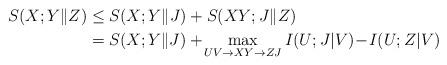
LaTeX: \begin{align*}S(X;Y\|Z)&\leq S(X;Y\|J)+S_{}(XY; J\|Z)\\&= S(X;Y\|J)+\!\max_{UV\rightarrow XY\rightarrow ZJ}I(U;J|V)\!-\!I(U;Z|V)\end{align*}